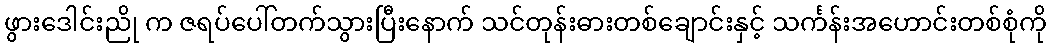
ဖွားဒေါင်းညို က ဇရပ်ပေါ်တက်သွားပြီးနောက် သင်တုန်းဓားတစ်ချောင်းနှင့် သင်္ကန်းအဟောင်းတစ်စုံကို